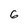
Character: 6